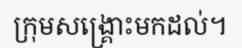
ក្រុមសង្គ្រោះមកដល់។